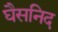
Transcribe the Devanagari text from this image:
घैसनिद